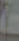
ة